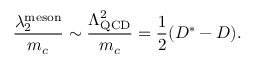
{ \frac { \lambda _ { 2 } ^ { \mathrm { m e s o n } } } { m _ { c } } } \sim { \frac { \Lambda _ { \mathrm { Q C D } } ^ { 2 } } { m _ { c } } } = \frac 1 2 ( D ^ { * } - D ) .